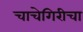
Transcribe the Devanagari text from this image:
चाचेगिरीचा